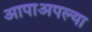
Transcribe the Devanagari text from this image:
आपाअपल्या